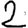
Digit: 2